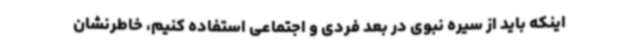
اینکه باید از سیره نبوی در بعد فردی و اجتماعی استفاده کنیم، خاطرنشان